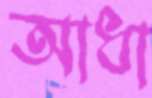
আধা